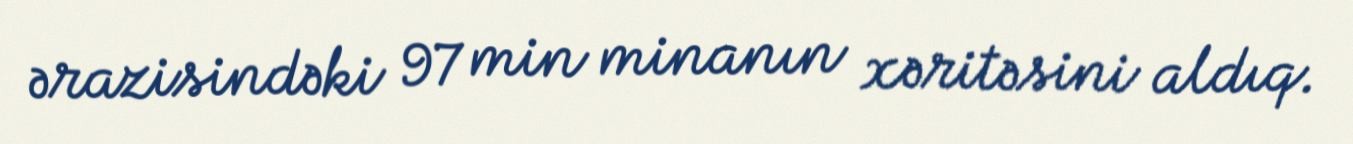
ərazisindəki 97 min minanın xəritəsini aldıq.